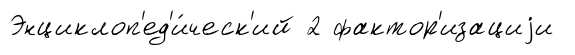
Энциклоп'ед'и́ческ'ий 2 фактор'изациjи